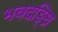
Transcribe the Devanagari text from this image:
भवदङ्घ्रि